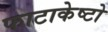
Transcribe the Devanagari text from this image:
फाटाकेष्टो